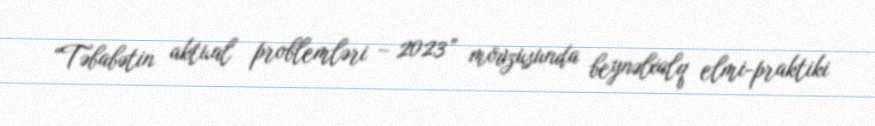
“Təbabətin aktual problemləri – 2023” mövzusunda beynəlxalq elmi-praktiki